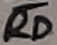
Text: RD